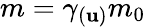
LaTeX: m=\gamma_{(\mathbf{u})}m_{0}